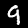
Label: 9